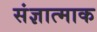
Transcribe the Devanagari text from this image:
संज्ञात्माक